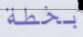
بخطة